Annual statistical returns and brief notes on vaccination in Bengal - 1887-1898
Year: 1887
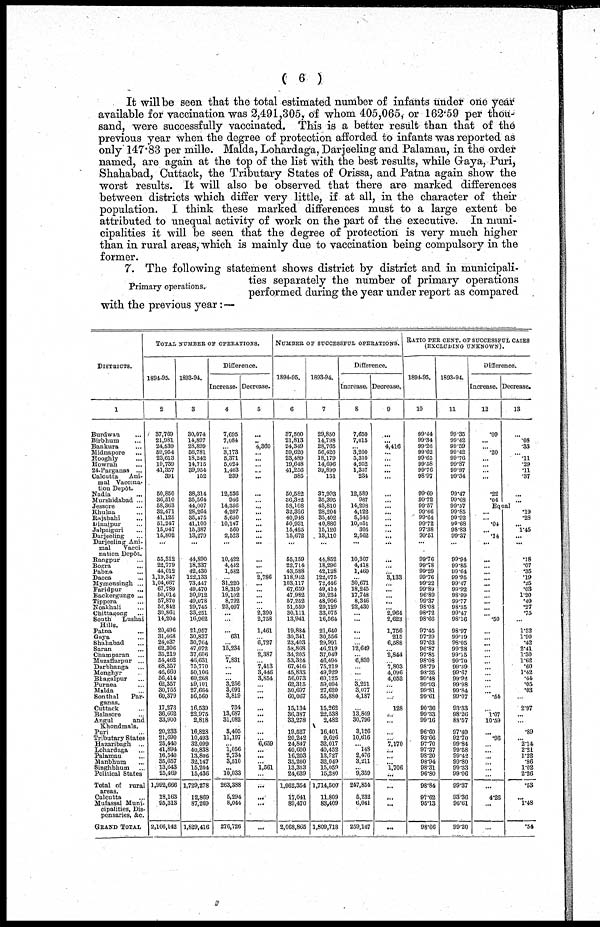
( 6 )
It will be seen that the total estimated number of infants under one year
available for vaccination was 2,491,305, of whom 405,065, or 162.59 per thou¬
sand, were successfully vaccinated. This is a better result than that of the
previous year when the degree of protection afforded to infants was reported as
only 147.83 per mille. Malda, Lohardaga, Darjeeling and Palamau, in the order
named, are again at the top of the list with the best results, while Gaya, Puri,
Shahabad, Cuttack, the Tributary States of Orissa, and Patna again show the
worst results. It will also be observed that there are marked differences
between districts which differ very little, if at all, in the character of their
population. I think these marked differences must to a large extent be
attributed to unequal activity of work on the part of the executive. In muni-
cipalities it will be seen that the degree of protection is very much higher
than in rural areas, which is mainly due to vaccination being compulsory in the
former.
Primary operations.
7. The following statement shows district by district and in municipali-
ties separately the number of primary operations
performed during the year under report as compared
with the previous year:—
DISTRICTS.
1
Burdwan ...
Birbhum ...
Bankura ...
Midnapore ...
Hooghly ...
Howrah ...
24-Parganas ...
Calcutta
Ani-
mal Vaccina-
tion Depôt.
Nadia ...
Murshidabad ...
Jessore ...
Khulna ...
Rajshahi ...
Dinajpur ...
Jalpaiguri ...
Darjeeling ...
Darjeeling Ani-
mal
Vacci¬
nation Depôt.
Rangpur ...
Bogra ...
Pabna ...
Dacca ...
Mymensingh ...
Faridpur
...
Backergunge ...
Tippera ...
Noakhali ...
Chittagong ...
South
Lushai
Hills.
Patna ...
Gaya ...
Shahabad ...
Saran ...
Champaran
...
Muzaffarpur
...
Darbhanga ...
Monghyr ...
Bhagalpur ...
Purnea ...
Malda ...
Sonthal
Par¬
ganas.
Cuttack ...
Balasore ...
Angul
and
Khondmals.
Puri ...
Tributary States
Hazaribagh
...
Lohardaga ...
Palamau ...
Manbhum ...
Singhbhum ...
Political States
Total of
rural
areas.
Calcutta ...
Mufassal Muni-
cipalities, Dis-
pensaries, &c.
GRAND TOTAL
TOTAL NUMBER OF OPERATIONS.
1894-95.
2
37,769
21,981
24,539
59,954
23,613
19,739
41,357
391
50,850
36,510
58,363
32,471
41,125
51,247
15,947
15,802
...
55,312
22,779
44,012
1,19,347
1,04,667
67,789
50,014
57,870
52,842
30,861
14,204
20,496
31,468
24,037
62,306
35,219
54,462
68,357
46,660
56,414
62,357
30,755
60,379
17,273
36,662
33,900
20,233
21,690
25,440
41,894
16,540
35,657
13,643
25,469
1,992,666
18,163
95,313
2,106,142
1893-94.
3
30,074
14,897
28,899
56,781
18,242
14,715
39,954
152
38,314
35,564
44,007
28,264
35,475
41,100
15,387
13,279
...
44,890
18,337
42,430
122,133
73,447
49,470
30,912
49,078
29,745
33,251
16,962
21,957
30,837
30,764
47,072
37,606
46,631
75,770
50,106
60,268
69,101
27,664
56,560
16,539
22,975
2,818
16,828
10,493
32,099
40,838
13,806
32,147
15,204
15,436
1,729,278
12,869
87,269
1,829,416
Difference.
increase.
4
7,695
7,084
... 3,173
5,371
5,024
1,403
239
12,536
946
14,356
4,207
5,650
10,147
560
2,523
...
10,422
4,442
1,582
... 31,220
18,319
19,102
8,792
23,097
...
...
... 631
... 15,234
... 7,831
...
...
... 3,256
3,091
3,819
734
13,687
31,082
3,405
11,197
... 1,056
2,734
3,510
...
10,033
263,388
5,294
8,044
276,726
Decrease.
5
...
... 4,360
...
...
... ...
...
...
... ...
...
...
...
...
...
...
...
...
... 2,786
...
...
...
...
... 2,390
2,758
1,461
... 6,727
... 2,387
... 7,413
3,446
3,854
...
...
...
...
...
...
...
... 6,659
...
...
... 1,561
...
...
...
...
...
NUMBER OF SUCCESSFUL OPERATIONS.
1894-95.
6
37,500
21,813
24,349
59,620
23,489
19,648
41,256
385
50,582
36,332
58,108
32,326
40,948
50,931
15,425
15,672
...
55,159
22,714
43,588
118,942
103,117
67,659
47,982
57,252
51,559
30,111
13,941
19,884
30,341
23,403
53,868
34,205
53,324
67,416
45,833
56,073
62,315
30,697
60,067
15,134
36,387
33,278
19,527
20,242
24,847
40,600
16,203
35,260
13,353
24,639
1,962,354
17,041
89,470
2,068,865
1893-94.
7
29,850
14,798
28,765
56,420
18,179
14,696
39,899
151
37,993
35,395
43,810
28,204
35,402
40,880
15,120
13,110
...
44,852
18,296
42,128
122,075
72,446
49,414
30,234
48,906
29,129
33,075
16,564
21,640
30,556
29,991
46,219
37,049
46,494
75,219
49,929
60,125
59,094
27,620
55,880
15,262
22,538
2,482
16,401
9,626
32,017
40,452
13,727
32,049
15,059
15,280
1,714,500
11,809
83,409
1,809,718
Difference.
Increase.
8
7,650
7,015
... 3,200
5,310
4,952
1,357
234
12,589
987
14,298
4,122
5,546
10,051
305
2,562
...
10,307
4,418
1,460
... 30,671
18,245
17,748
8,346
22,430
...
...
...
...
... 12,649
... 6,830
...
...
... 3,221
3,077
4,187
... 13,849
30,796
3,126
10,616
... l48
2,476
3,211
... 9,359
247,854
5,232
6,061
259,147
Decrease,
9
...
... 4,416
...
... ...
...
...
...
...
...
...
..
...
...
...
...
...
...
... 3,l33
... ...
... ...
... 2,964
2,623
1,756
215
6,588
... 2,844
... 7,803
4,096
4,052
... ...
...
128
...
...
...
... 7,170
... ...
... 1,706
...
...
...
...
...
RATIO PER CENT. OF SUCCESSFUL CASES
(EXCLUDING UNKNOWN).
1894-95.
10
99.44
99.34
99.26
99.62
99.65
99.58
99.76
98.97
99.69
99.72
99.57
99.66
99.64
99.72
97.38
99.51
...
99.76
99.78
99.29
99.76
99.22
99.89
96.89
99.37
98.08
98.72
98.66
97.45
97.29
97.63
96.87
97.85
98.08
98.79
98.25
99.48
99.93
99.81
99.61
90.36
99.33
99.16
96.60
93.6
97.70
97.37
98.20
98.94
98.31
96.80
98.84
97.62
95.13
98.66
1893-94.
11
99.35
99.42
99.59
99.42
99.76
99.87
99.87
99.34
99.47
99.68
99.57
99.85
99.92
99.68
98.83
99.37
...
99.94
99.85
99.64
99.95
99.47
99.92
98.09
99.77
98.35
99.47
98.16
98.97
99.19
98.05
99.28
99.15
99.70
99.39
99.67
99.92
99.98
99.84
99.07
93.33
98.26
88.57
97.49
92.70
99.84
99.58
99.42
99.80
99.33
99.06
99.37
93.36
96.61
99.20
Difference.
Increase.
12
.09
...
... .20
...
... ...
...
.22
.04
Decrease.
13
...
.08
.38
... .11
.29
.11
.37
...
...
Equal
...
... .04
... .14
...
...
... ...
... ...
...
... ...
...
... .50
...
...
...
...
...
...
...
... ...
...
... .54
... l.07
10.59
... .96
... ...
...
...
...
...
...
4.26
...
...
.19
.28
... 1.45
...
...
.18
.07
.35
.19
.25
.03
1.20
.40
.27
.75
...
1.52
1.90
.42
2.41
1.30
1.62
.60
1.42
.44
.05
.03
...
2.97
...
...
.89
... 2.14
2.21
1.22
.86
1.02
2.26
.53
... 1.48
.54